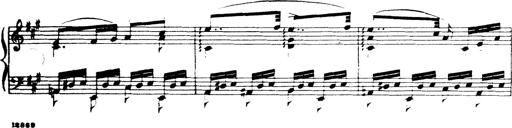
Title: Wagner-Liszt Album
Composer: Franz Liszt